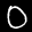
Label: 0